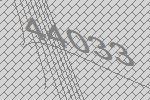
44033